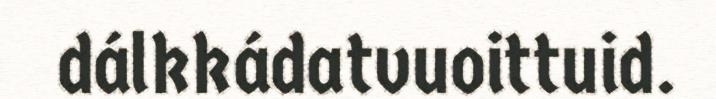
dálkkádatvuoittuid.